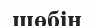
шөбін